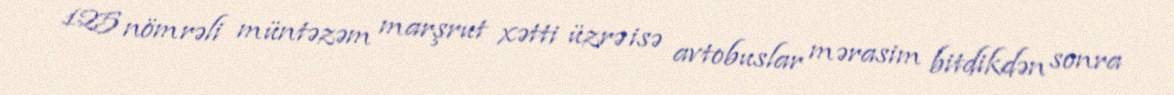
125 nömrəli müntəzəm marşrut xətti üzrə isə avtobuslar mərasim bitdikdən sonra